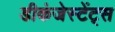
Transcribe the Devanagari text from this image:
डीकंजेस्टेंट्स